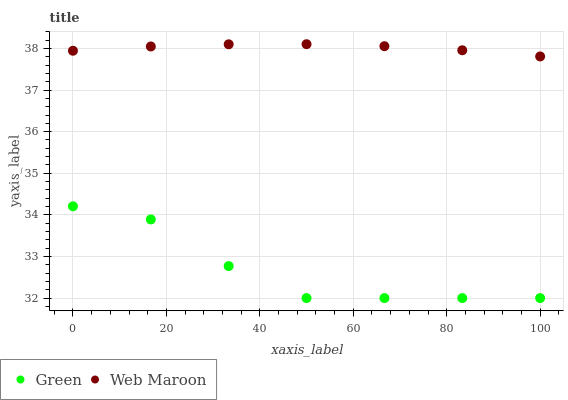
| xaxis_label | Green | Web Maroon |
 | --- | --- | --- |
 | 0 | 34.2 | 37.9 |
 | 16.7 | 33.9 | 38 |
 | 33.3 | 32.8 | 38.1 |
 | 50 | 32 | 38.1 |
 | 66.7 | 32 | 38.1 |
 | 83.3 | 32 | 38 |
 | 100 | 32 | 37.8 |